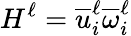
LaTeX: H^{\ell}=\overline{{u}}_{i}^{\ell}\overline{{\omega}}_{i}^{\ell}